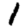
Digit: 1